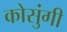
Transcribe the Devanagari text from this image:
कोसुंगी